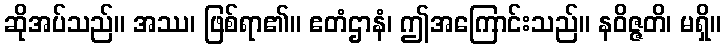
ဆိုအပ်သည်။ အဿ၊ ဖြစ်ရာ၏။ ဧတံဌာနံ၊ ဤအကြောင်းသည်။ နဝိဇ္ဇတိ၊ မရှိ။